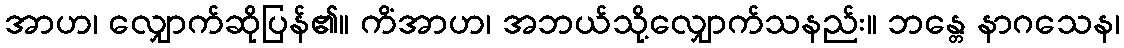
အာဟ၊ လျှောက်ဆိုပြန်၏။ ကိံအာဟ၊ အဘယ်သို့လျှောက်သနည်း။ ဘန္တေ နာဂသေန၊